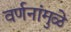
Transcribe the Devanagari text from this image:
वर्णनांमुळे